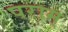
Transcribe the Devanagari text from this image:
पराम्